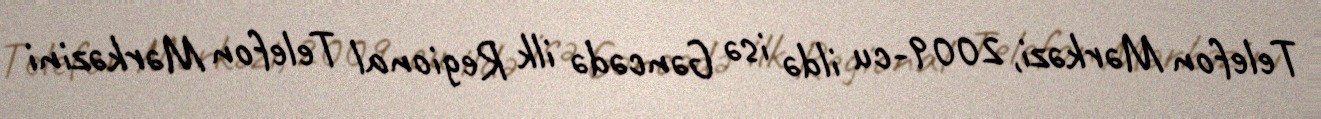
Telefon Mərkəzi, 2009-cu ildə isə Gəncədə ilk Regional Telefon Mərkəzini